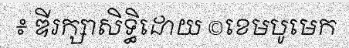
៖ ឌីរក្សាសិទ្ធិដោយ ©ខេមបូមេក